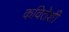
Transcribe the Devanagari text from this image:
कवितेशी